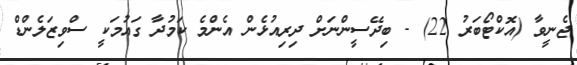
ޖެނީވާ (އޮކްޓޯބަރު 22) - ބިދޭސީންނަށް ދިރިއުޅެން އެންމެ ކަމުދާ ގައުމަކީ ސްވިޒަލެންޑް